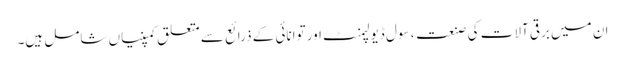
ان میں برقی آلات کی صنعت ، سِول ڈیولپمنٹ اور توانائی کے ذرائع سے متعلق کمپنیاں شامل ہیں۔